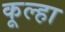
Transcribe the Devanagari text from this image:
कूल्‍हा